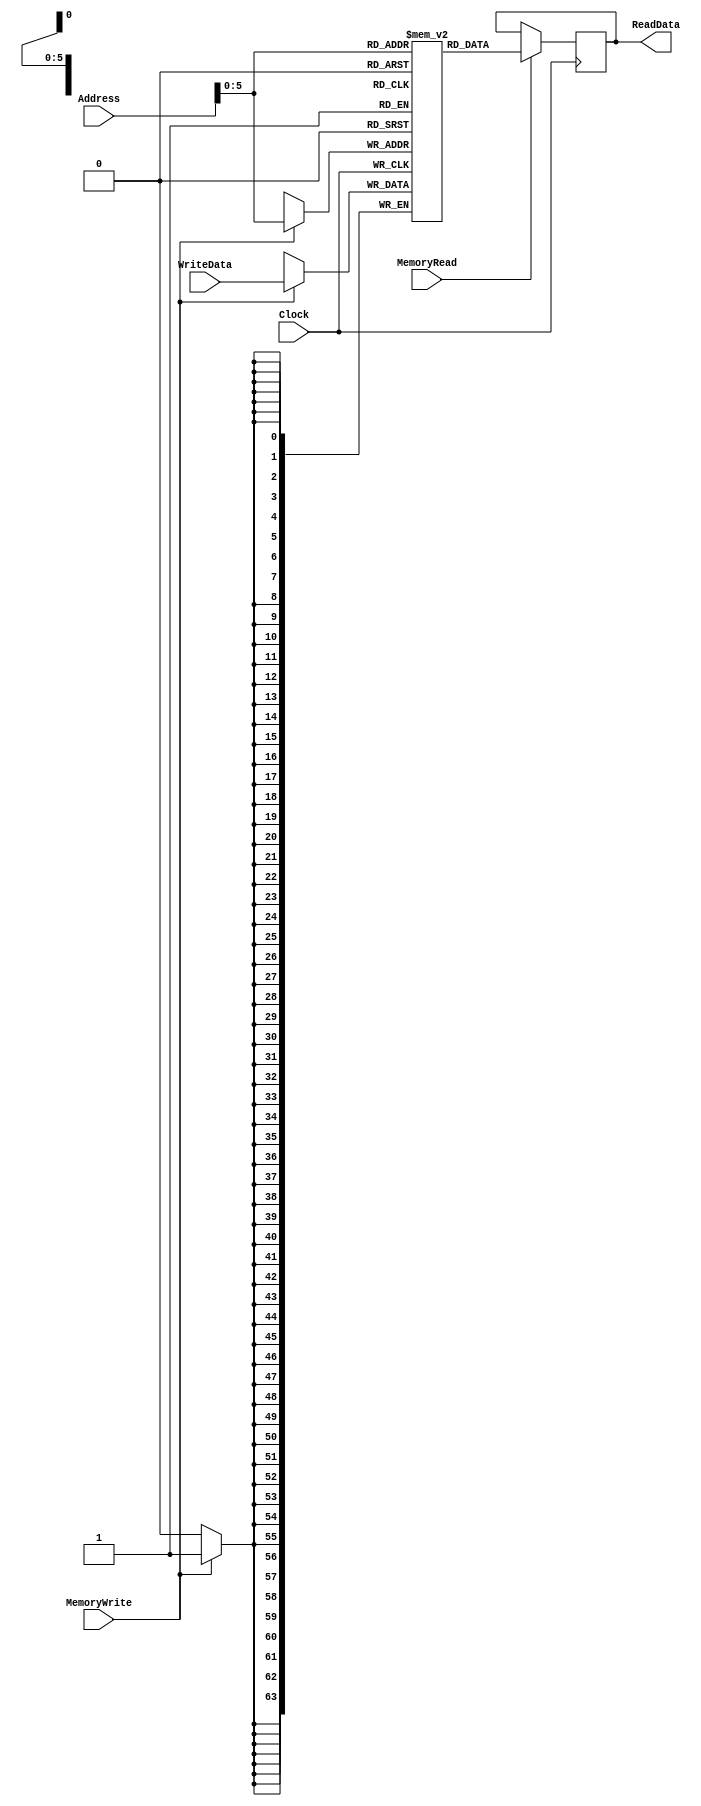
`timescale 1ns / 1ps
module DataMemory(ReadData, Address, WriteData,MemoryRead, MemoryWrite, Clock); 
    input [63:0] Address, WriteData; 
    input MemoryRead, MemoryWrite, Clock; 
    output [63:0] ReadData; 
		reg[63:0] Memory[63:0]; 
		reg[63:0] ReadData;

	always @(negedge Clock)begin //operates on the negative side of the clock cycle and writes
	/*if(MemoryWrite & (~MemoryRead)) begin
			Memory[(Address)] <= #20 WriteData;
		end
	end*/
		if(MemoryWrite) Memory[Address] <= #20 WriteData;
	end
	
	always @(posedge Clock) begin ////operates on the positive side of the clock cycle and reads
	/*if(MemoryRead & (~MemoryWrite)) begin
			temp <= #20 Memory[(Address)];
			end
			
		end*/
		if(MemoryRead) ReadData <= #20 Memory[Address];
			
	end
endmodule